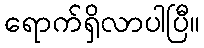
ရောက်ရှိလာပါပြီ။